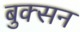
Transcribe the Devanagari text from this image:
बुक्सन